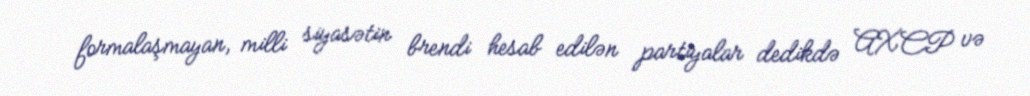
formalaşmayan, milli siyasətin brendi hesab edilən partiyalar dedikdə AXCP və